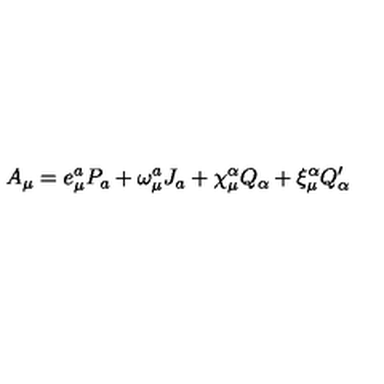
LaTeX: A _ { \mu } = e _ { \mu } ^ { a } P _ { a } + \omega _ { \mu } ^ { a } J _ { a } + \chi _ { \mu } ^ { \alpha } Q _ { \alpha } + \xi _ { \mu } ^ { \alpha } Q _ { \alpha } ^ { \prime }